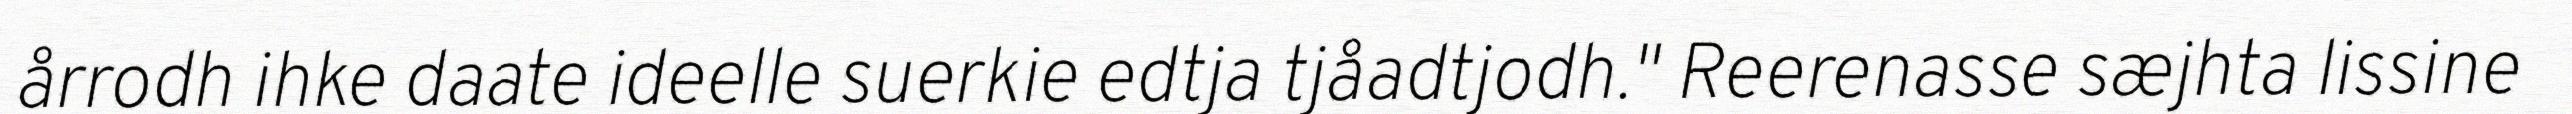
årrodh ihke daate ideelle suerkie edtja tjåadtjodh." Reerenasse sæjhta lissine